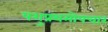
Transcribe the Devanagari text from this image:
पशुप्रथमोपचार